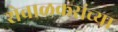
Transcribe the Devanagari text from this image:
शेवाळकरांच्या